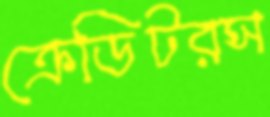
ক্রেডিটরস